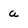
Character: a